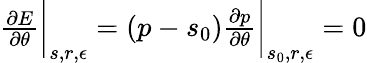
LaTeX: \begin{array}{r}{\frac{\partial E}{\partial\theta}\bigg|_{s,r,\epsilon}=\left(p-s_{0}\right)\frac{\partial p}{\partial\theta}\bigg|_{s_{0},r,\epsilon}=0}\end{array}